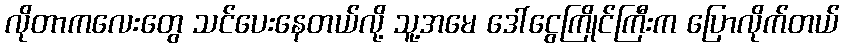
လိုတာကလေးတွေ သင်ပေးနေတယ်လို့ သူ့အမေ ဒေါ်ငွေကြိုင်ကြီးက ပြောလိုက်တယ်